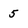
Character: 5